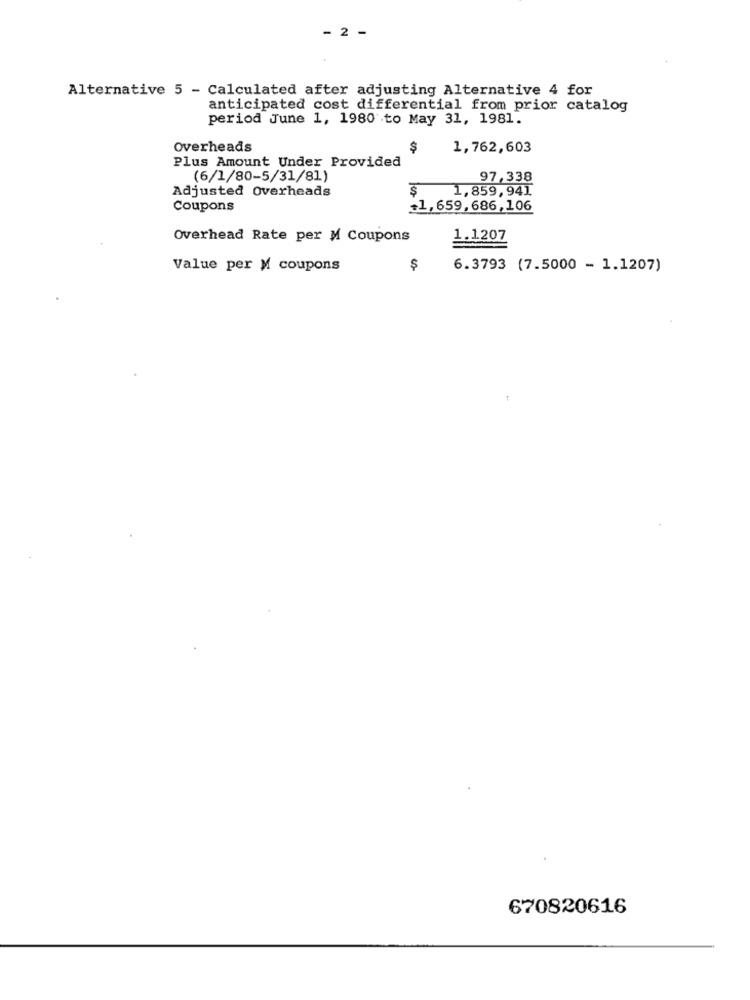
- 2 -
Alternative 5 - Calculated after adjusting Alternative 4 for
anticipated cost differential from prior catalog
period June 1, 1980 to May 31, 1981.
Overheads
$
1,762,603
Plus Amount Under Provided
(6/1/80-5/31/81)
97,338
Adjusted Overheads
1,859,941
Coupons
=1,659,686,106
Overhead Rate per M Coupons
1.1207
Value per M coupons
$
6.3793 (7.5000 - 1.1207)
670820616